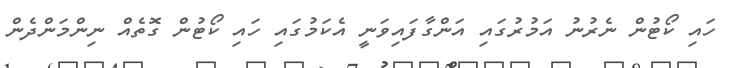
ހައި ކޯޓުން ނެރުނު އަމުރުގައި އަންގާފައިވަނީ އެކަމުގައި ހައި ކޯޓުން ގޮތެއް ނިންމަންދެން